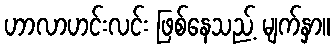
ဟာလာဟင်းလင်း ဖြစ်နေသည့် မျက်နှာ။